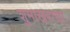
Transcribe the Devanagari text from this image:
शुमाखराचा